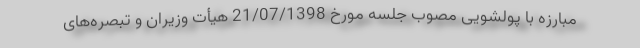
مبارزه با پولشویی مصوب جلسه مورخ 21/07/1398 هیأت وزیران و تبصره‌های